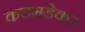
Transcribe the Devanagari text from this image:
कडमडेकर